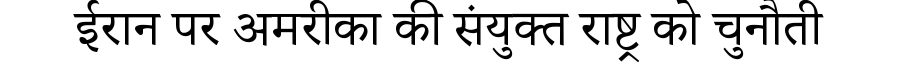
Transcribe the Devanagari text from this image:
ईरान पर अमरीका की संयुक्त राष्ट्र को चुनौती